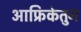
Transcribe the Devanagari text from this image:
आफ्रिकेतुन